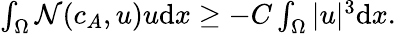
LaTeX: \begin{array}{r}{\int_{\Omega}\mathcal{N}(c_{A},u)u\mathrm{d}x\geq-C\int_{\Omega}|u|^{3}\mathrm{d}x.}\end{array}